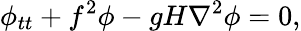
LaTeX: \phi_{tt}+f^{2}\phi-gH\nabla^{2}\phi=0,